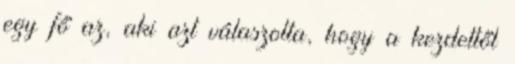
egy fő az, aki azt válaszolta, hogy a kezdettől